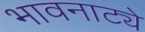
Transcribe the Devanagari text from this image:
भावनाट्ये